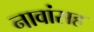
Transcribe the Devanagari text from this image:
नावांसह